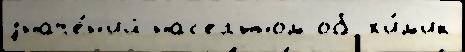
значе́н'ий нас'ел'́нном об х'и́м'ик